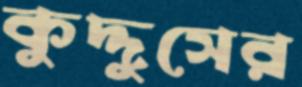
কুদ্দুসের